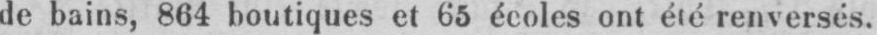
de bains, 864 boutiques et 65 écoles ont été renversés.